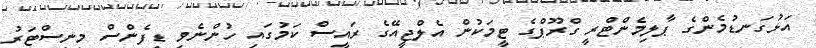
އަޅުގަނޑުމެންގެ ޕާލިމެންޓްރީ ގްރޫޕްގެ ޓީމަކުން އެލްޖީއޭގެ ރައީސް ކަމުގައި ހުންނެވި ޑިފެންސް މިނިސްޓަރު